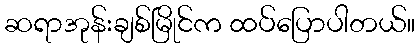
ဆရာအုန်းချစ်မြိုင်က ထပ်ပြောပါတယ်။